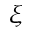
\xi